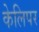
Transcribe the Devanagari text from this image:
केलिपर